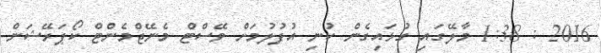
2016 : 1:38 މާލޭގައި ގުޅައިގެން ކުނި އުފުލުމަށް ވޭސްޓް މެނޭޖްމެންޓް ކޯޕަރޭޝަން